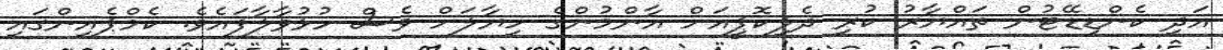
އަދި ކެންޑިޑޭޓުން ތައްޔާރު ކުރި ދެލިކޮޕީއަށް އާންމުންގެ ހިޔާލަށް ވެސް ހުޅުވާލާފައެވެ. ކެމްޕެއިންގައި